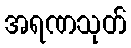
အရဏသုတ်